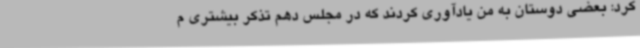
کرد: بعضی دوستان به من یادآوری کردند که در مجلس دهم تذکر بیشتری م